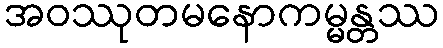
အဝဿုတမနောကမ္မန္တဿ